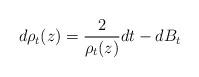
LaTeX: \begin{align*}d\rho_{t}(z)=\frac{2}{\rho_{t}(z)}dt-dB_{t}\end{align*}